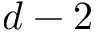
d - 2